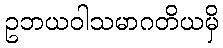
ဥဘယဝါသမာဂတိယမှိ